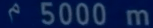
5000m